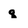
Character: q